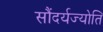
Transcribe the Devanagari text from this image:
सौंदर्यज्योति